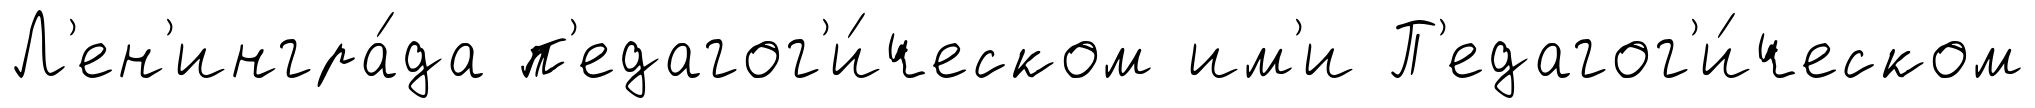
Л'ен'ингра́да п'едагог'и́ческом им'и П'едагог'и́ческом